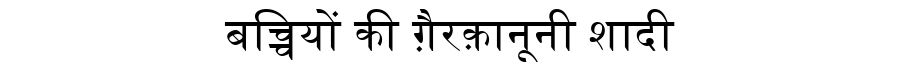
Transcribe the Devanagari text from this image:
बच्चियों की ग़ैरक़ानूनी शादी